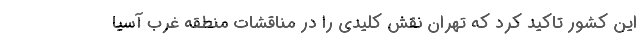
این کشور تاکید کرد که تهران نقش کلیدی را در مناقشات منطقه غرب آسیا